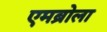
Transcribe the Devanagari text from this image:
एमब्रोला